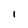
Character: l